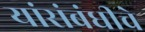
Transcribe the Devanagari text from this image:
यांसंबंधीचे